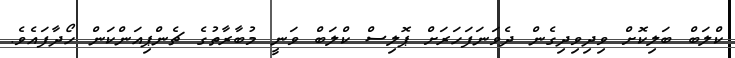
ކްލަބް ބަލިކޮށް ވިދިވިދިގެން ދެވަނަފަހަރަށް ޕޮލިސް ކްލަބް ވަނީ މުބާރާތުގެ ޗެންޕިއަންކަން ހޯދާފައެވެ.